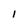
Character: 1